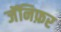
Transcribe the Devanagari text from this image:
जॅनिफ़र